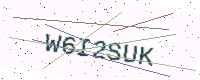
Text: W6I2SUK